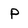
Character: P